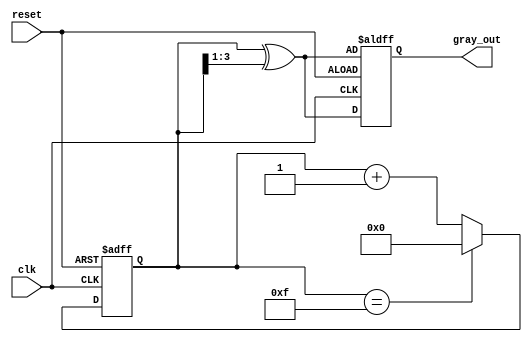
module gray_code_counter #(
    parameter n = 4  // Parameter for the number of bits
)(
    input wire clk,         // Clock signal
    input wire reset,       // Asynchronous reset signal
    output reg [n-1:0] gray_out // n-bit Gray code output
);

    reg [n-1:0] binary_count; // Binary counter

    // Convert binary to Gray code
    function [n-1:0] binary_to_gray;
        input [n-1:0] binary;
        begin
            binary_to_gray = binary ^ (binary >> 1);
        end
    endfunction

    always @(posedge clk or posedge reset) begin
        if (reset) begin
            binary_count <= 0; // Initialize binary counter to 0
            gray_out <= binary_to_gray(binary_count); // Initialize Gray code output
        end else begin
            binary_count <= binary_count + 1; // Increment binary counter
            gray_out <= binary_to_gray(binary_count); // Update Gray code output
            // Wrap around after reaching maximum Gray code value
            if (binary_count == (1 << n) - 1) begin
                binary_count <= 0; // Reset to 0 if max value reached
            end
        end
    end

endmodule